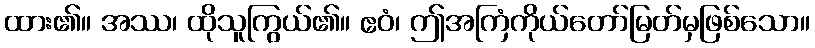
ထား၏။ အဿ၊ ထိုသူကြွယ်၏။ ဧဝံ၊ ဤအကြံကိုယ်တော်မြတ်မှဖြစ်သော။